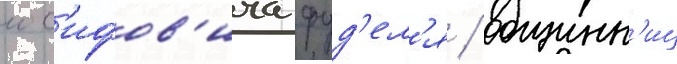
иос'ифов'ича фуд'ел'я / общинн'иц